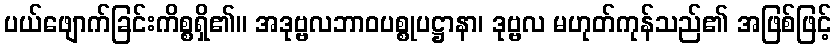
ပယ်ဖျောက်ခြင်းကိစ္စရှိ၏။ အဒုဗ္ဗလဘာဝပစ္စုပဋ္ဌာနာ၊ ဒုဗ္ဗလ မဟုတ်ကုန်သည်၏ အဖြစ်ဖြင့်